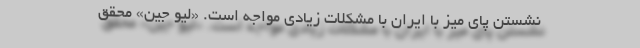
نشستن پای میز با ایران با مشکلات زیادی مواجه است. «لیو جین» محقق